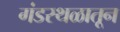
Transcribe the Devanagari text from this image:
गंडस्थळातून